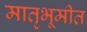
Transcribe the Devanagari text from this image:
मातृभूमीत